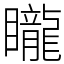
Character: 矓